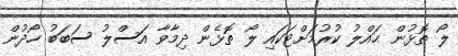
ލޯ ތޮޅުން ޙައްލު ކުރުމަށްޓަކައި ލޯ ތޮޅެން ދިމާވާ އަސްލު ސަބަބު ހޯދުން